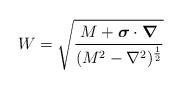
LaTeX: \begin{align*}W = \sqrt{\frac{M+\mbox{\boldmath $\sigma$} \cdot \mbox{\boldmath $\nabla$}}{(M^{2} - \nabla^{2})^{\frac{1}{2}}}}\end{align*}